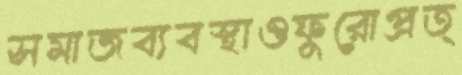
সমাজব্যবস্থাওফুরোপ্রত্